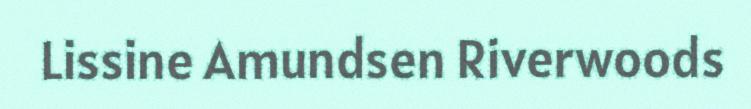
Lissine Amundsen Riverwoods